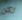
لكن